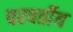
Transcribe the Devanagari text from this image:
परवर्तीय